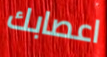
اعصابك